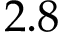
2 . 8